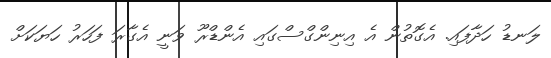
ލަނޑު ހަދާފައި. އެގޮތުން އެ އިނިންގްސްގައި އެންޑްރޫ ވަނީ އެގާރަ ފަހަރު ހަޔަކަށް